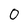
Character: 0